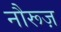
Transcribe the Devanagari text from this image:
नौरूज़